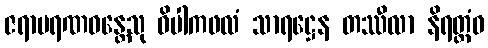
ဇရာမရဏဝန္တေသု ဝိပါကဖလံ သာရဋ္ဌေန တဿီလာ နိရတ္ထံဝ